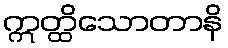
ဣတ္ထိသောတာနိ